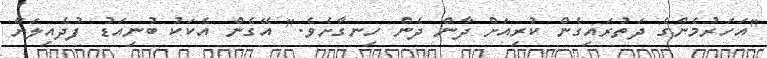
"އަހަރުމެންގެ ދަތުރައިގެން ކުރިއަށް ދާން ދެން ހިނގާށެވެ." އޭގެން އެކަކު ބުނިއަޑު ފުދެއިލަށް